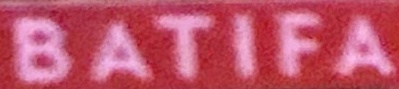
BATIFA